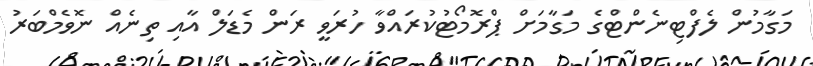
މަގާމުން ލެފްޓިނެންޓްގެ މަގާމަށް ޕްރޮމޯޓުކުރައްވާ ހުރަވީ ރަން މެޑަލް އާއި ތިނެއް ނޮވެމްބަރު